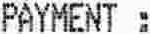
PAYMENT :